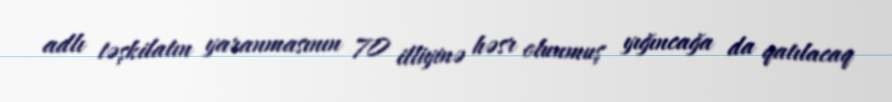
adlı təşkilatın yaranmasının 70 illiyinə həsr olunmuş yığıncağa da qatılacaq